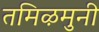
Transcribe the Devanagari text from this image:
तमिऴमुनी